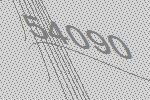
54090